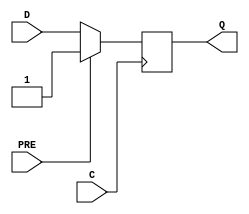
module beh_vlog_ff_pre_v8_3 (Q, C, D, PRE);
  parameter INIT = 0;
localparam FLOP_DELAY = 100;
    output Q;
    input  C, D, PRE;
    reg Q;
    initial Q= 1'b0;
    always @(posedge C )
      if (PRE)
           Q <= 1'b1;
      else
	   Q <= #FLOP_DELAY D;
endmodule